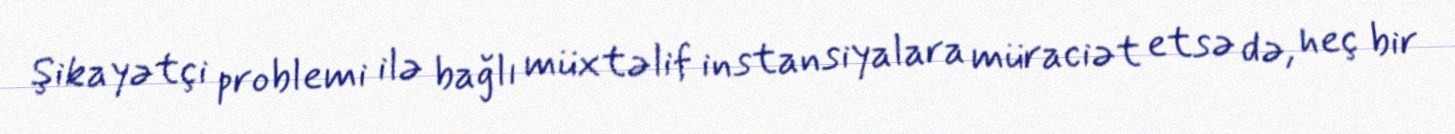
Şikayətçi problemi ilə bağlı müxtəlif instansiyalara müraciət etsə də, heç bir